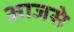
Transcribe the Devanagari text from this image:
आजसे